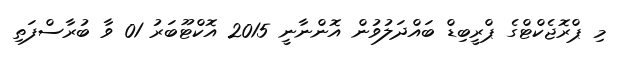
މި ޕްރޮޖެކްޓްގެ ޕްރީބިޑް ބައްދަލުވުން އޮންނާނީ 2015 އޮކްޓޫބަރު 01 ވާ ބުރާސްފަތި